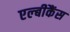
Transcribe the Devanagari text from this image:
एल्‍बीकैंस